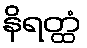
နိရတ္ထံ